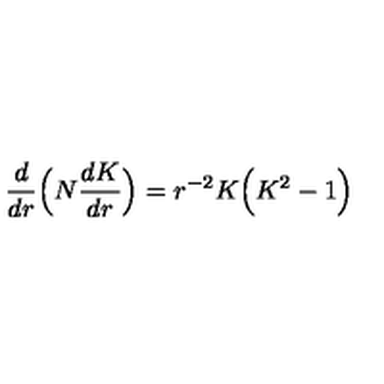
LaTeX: \frac { d } { d r } \Bigl ( N \frac { d K } { d r } \Bigr ) = r ^ { - 2 } K \Bigl ( K ^ { 2 } - 1 \Bigr )